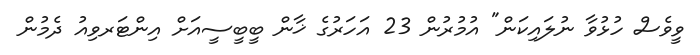
ވީވެސް ހުޅުވާ ނުލައިކަން" އުމުރުން 23 އަހަރުގެ ޚާން ބީބީސީއަށް އިންޓަރވިއު ދެމުން